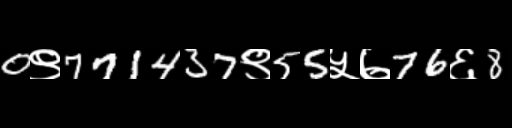
Text: 0९771437९55५७76६8